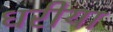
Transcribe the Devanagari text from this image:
धरीया